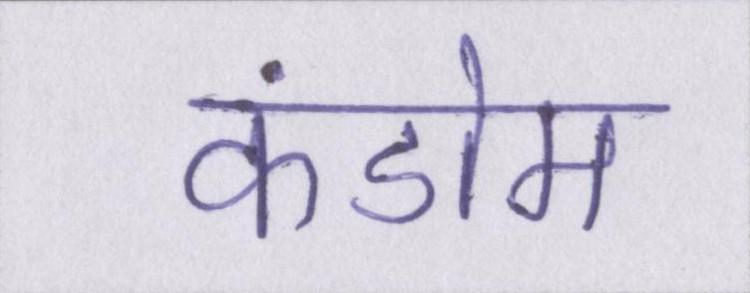
कंडोम